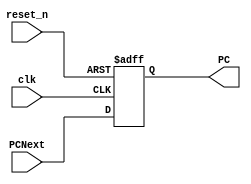
module PC #(parameter width = 32)
(
	input wire clk,reset_n,
	input wire [width-1:0] PCNext,
	output reg [width-1:0] PC
);
			
			
	always @(posedge clk,negedge reset_n)
	begin
		if (!reset_n)
			PC <= 0;
		else
			PC <= PCNext;
	end

endmodule